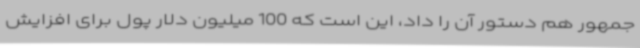
جمهور هم دستور آن را داد، این است که 100 میلیون دلار پول برای افزایش